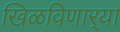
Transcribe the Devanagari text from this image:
खिळविणार्‍या